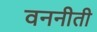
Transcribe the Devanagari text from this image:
वननीती